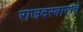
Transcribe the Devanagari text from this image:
राजदरबाराचे